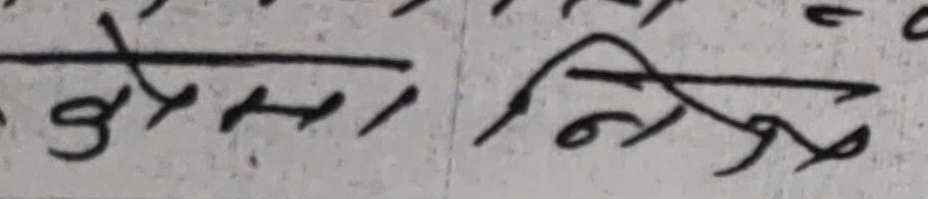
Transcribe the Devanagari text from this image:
छैन। निःशुल्क